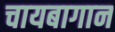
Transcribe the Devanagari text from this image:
चायबागान